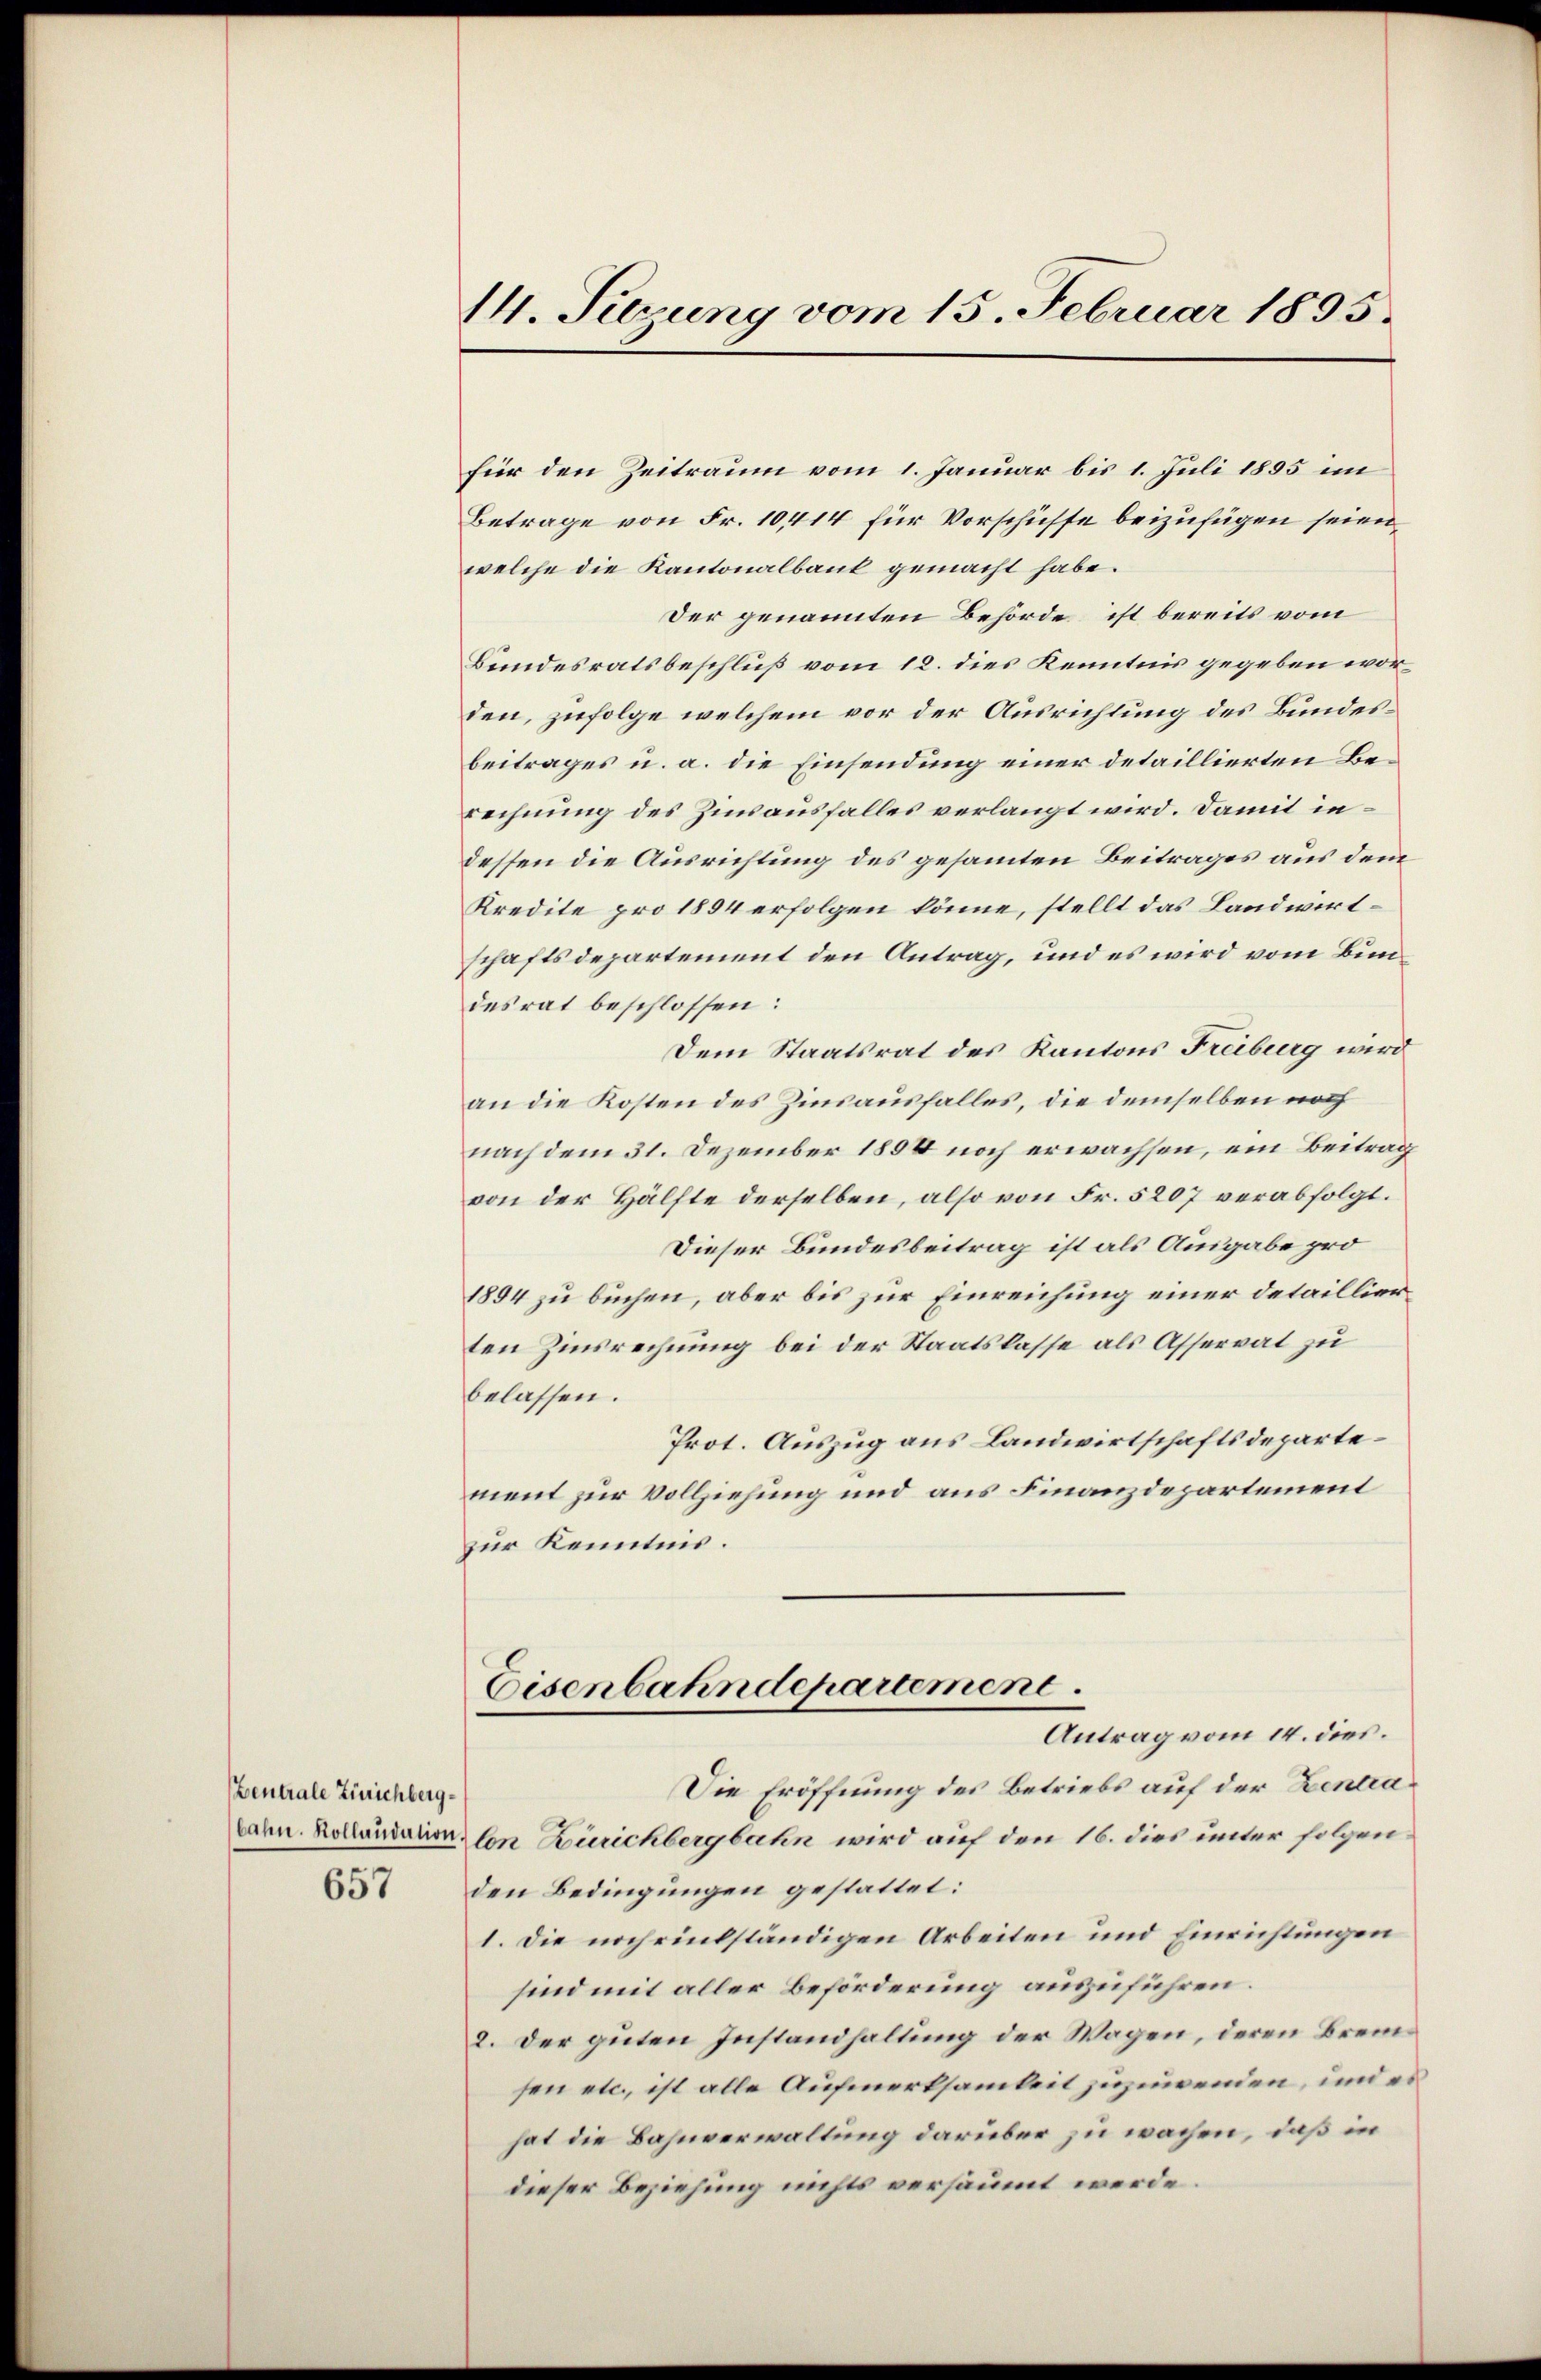
Zentrale Zürichberg¬
657

14. Sezung vom 15. Februar 1895.

für den Zeitraum vom 1. Januar bis 1. Juli 1895 im
Betrage von Fr. 10414 für Vorschüsse beizufügen seien,
welche die Kantonalbank gemacht habe.
Der genannten Behörde ist bereits vom
Bundesratsbeschluß vom 12. dies Kenntnis gegeben worden, zufolge welchem vor der Ausrichtung des Bundesbeitrages u. a. die Einsendung einer detaillierten Berechnung des Zinsausfalles verlangt wird. Damit indessen die Ausrichtung des gesammten Beitrages aus dem
Kredite pro 1894 erfolgen könne, stellt das Landwirtschaftsdepartement den Antrag, und es wird vom Bundesrat beschlossen:
Dem Staatsrat des Kantons Freiburg wird
an die Kosten des Zinsausfalles, die demselben noch
nach dem 31. Dezember 1894 noch erwachsen, ein Beitrag
von der Hälfte derselben, also von Fr. 5207 verabfolgt.
Dieser Bundesbeitrag ist als Ausgabe pro
1894 zu buchen, aber bis zur Einreichung einer detaillierten Zinsrechnung bei der Staatslasse als Asservat zu
belassen.
Prot. Auszug aus Landwirtschaftsdepartement zur Vollziehung und aus Finanzdepartement
zur Kenntnis.
Eisenbahndepartement.
Antrag vom 14. dies.
Die Eröffnung des Betriebs auf der Zentra¬
Carn. Kollaudation von Zürichbergbahn wird auf den 16. dies unter folgenden Bedingungen gestattet:
1. Die nachriebständigen Arbeiten und Einrichtungen
sind mit aller Beförderung auszuführen.
2. Der guten Instandhaltung der Wagen, deren Bremsen etc., ist alle Aufmerksamkeit zuzuwenden, und es
hat die Bahnverwaltung darüber zu wachen, daß in
dieser Beziehung nichts versäumt werde.